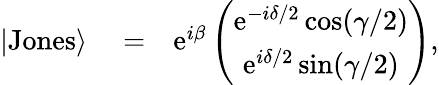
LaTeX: \begin{array}{rlr}{|\mathrm{Jones}\rangle}&{{}=}&{\mathrm{e}^{i\beta}\left(\begin{array}{c}{\mathrm{e}^{-i\delta/2}\cos(\gamma/2)}\\ {\mathrm{e}^{i\delta/2}\sin(\gamma/2)}\end{array}\right),}\end{array}